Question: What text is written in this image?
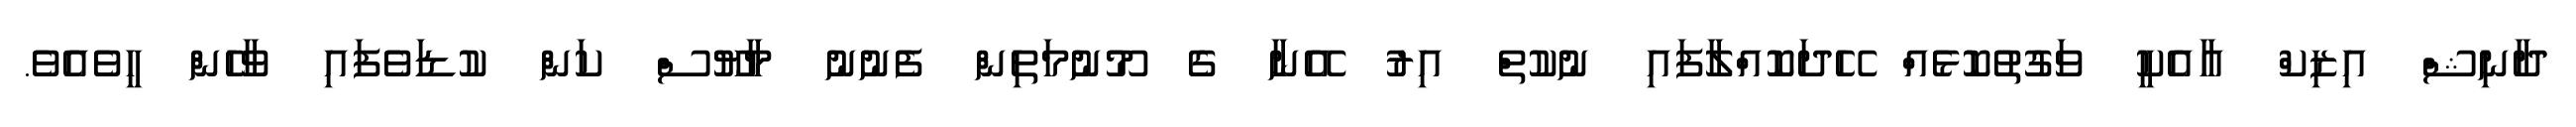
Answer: ދާނިޝް އިޒިކް އާއެކީ ވަގުތުކޮޅެއް ހޭދަކޮއްލާފައި ނުކުތް އިރު އޭނާ ގެ މޫނުމަތިން ފެނުނު މާޔޫސް ކަން ކުޑަވެފައި ވާހެން ހީވެއެވެ.